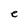
Character: e